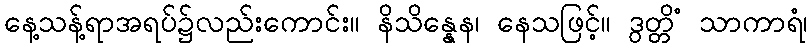
နေ့သန့်ရာအရပ်၌လည်းကောင်း။ နိသိန္နေန၊ နေသဖြင့်။ ဒွတ္တိံ သာကာရံ၊